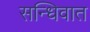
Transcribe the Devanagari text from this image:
सन्धिवात